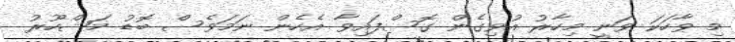
މި ވާހަކަ ވަނީ މިހާރު އުވިގެން ގޮސްފައިވާ އެހެން ނަމަވެސް ބޮޑު މަޝްހޫރު